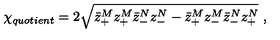
{ \chi } _ { q u o t i e n t } = 2 \sqrt { \bar { z } _ { + } ^ { M } z _ { + } ^ { M } \bar { z } _ { - } ^ { N } z _ { - } ^ { N } - \bar { z } _ { + } ^ { M } z _ { - } ^ { M } \bar { z } _ { - } ^ { N } z _ { + } ^ { N } } \ ,